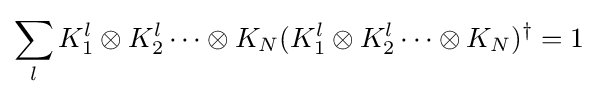
\sum _{l}K_{1}^{l}\otimes K_{2}^{l}\dots \otimes K_{N}(K_{1}^{l}\otimes K_{2}^{l}\dots \otimes K_{N})^{\dagger }=1